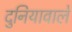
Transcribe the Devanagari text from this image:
दुनियावाले